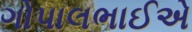
ગોપાલભાઈએ